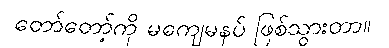
တော်တော့်ကို မကျေမနပ် ဖြစ်သွားတာ။